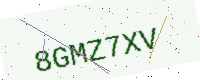
Text: 8GMZ7XV